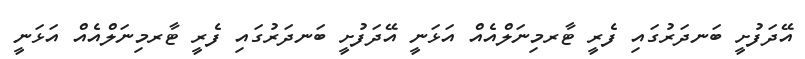
އޭދަފުށީ ބަނދަރުގައި ފެރީ ޓާރމިނަލްއެއް އަޅަނީ އޭދަފުށީ ބަނދަރުގައި ފެރީ ޓާރމިނަލްއެއް އަޅަނީ